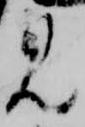
見